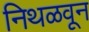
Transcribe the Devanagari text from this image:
निथळवून